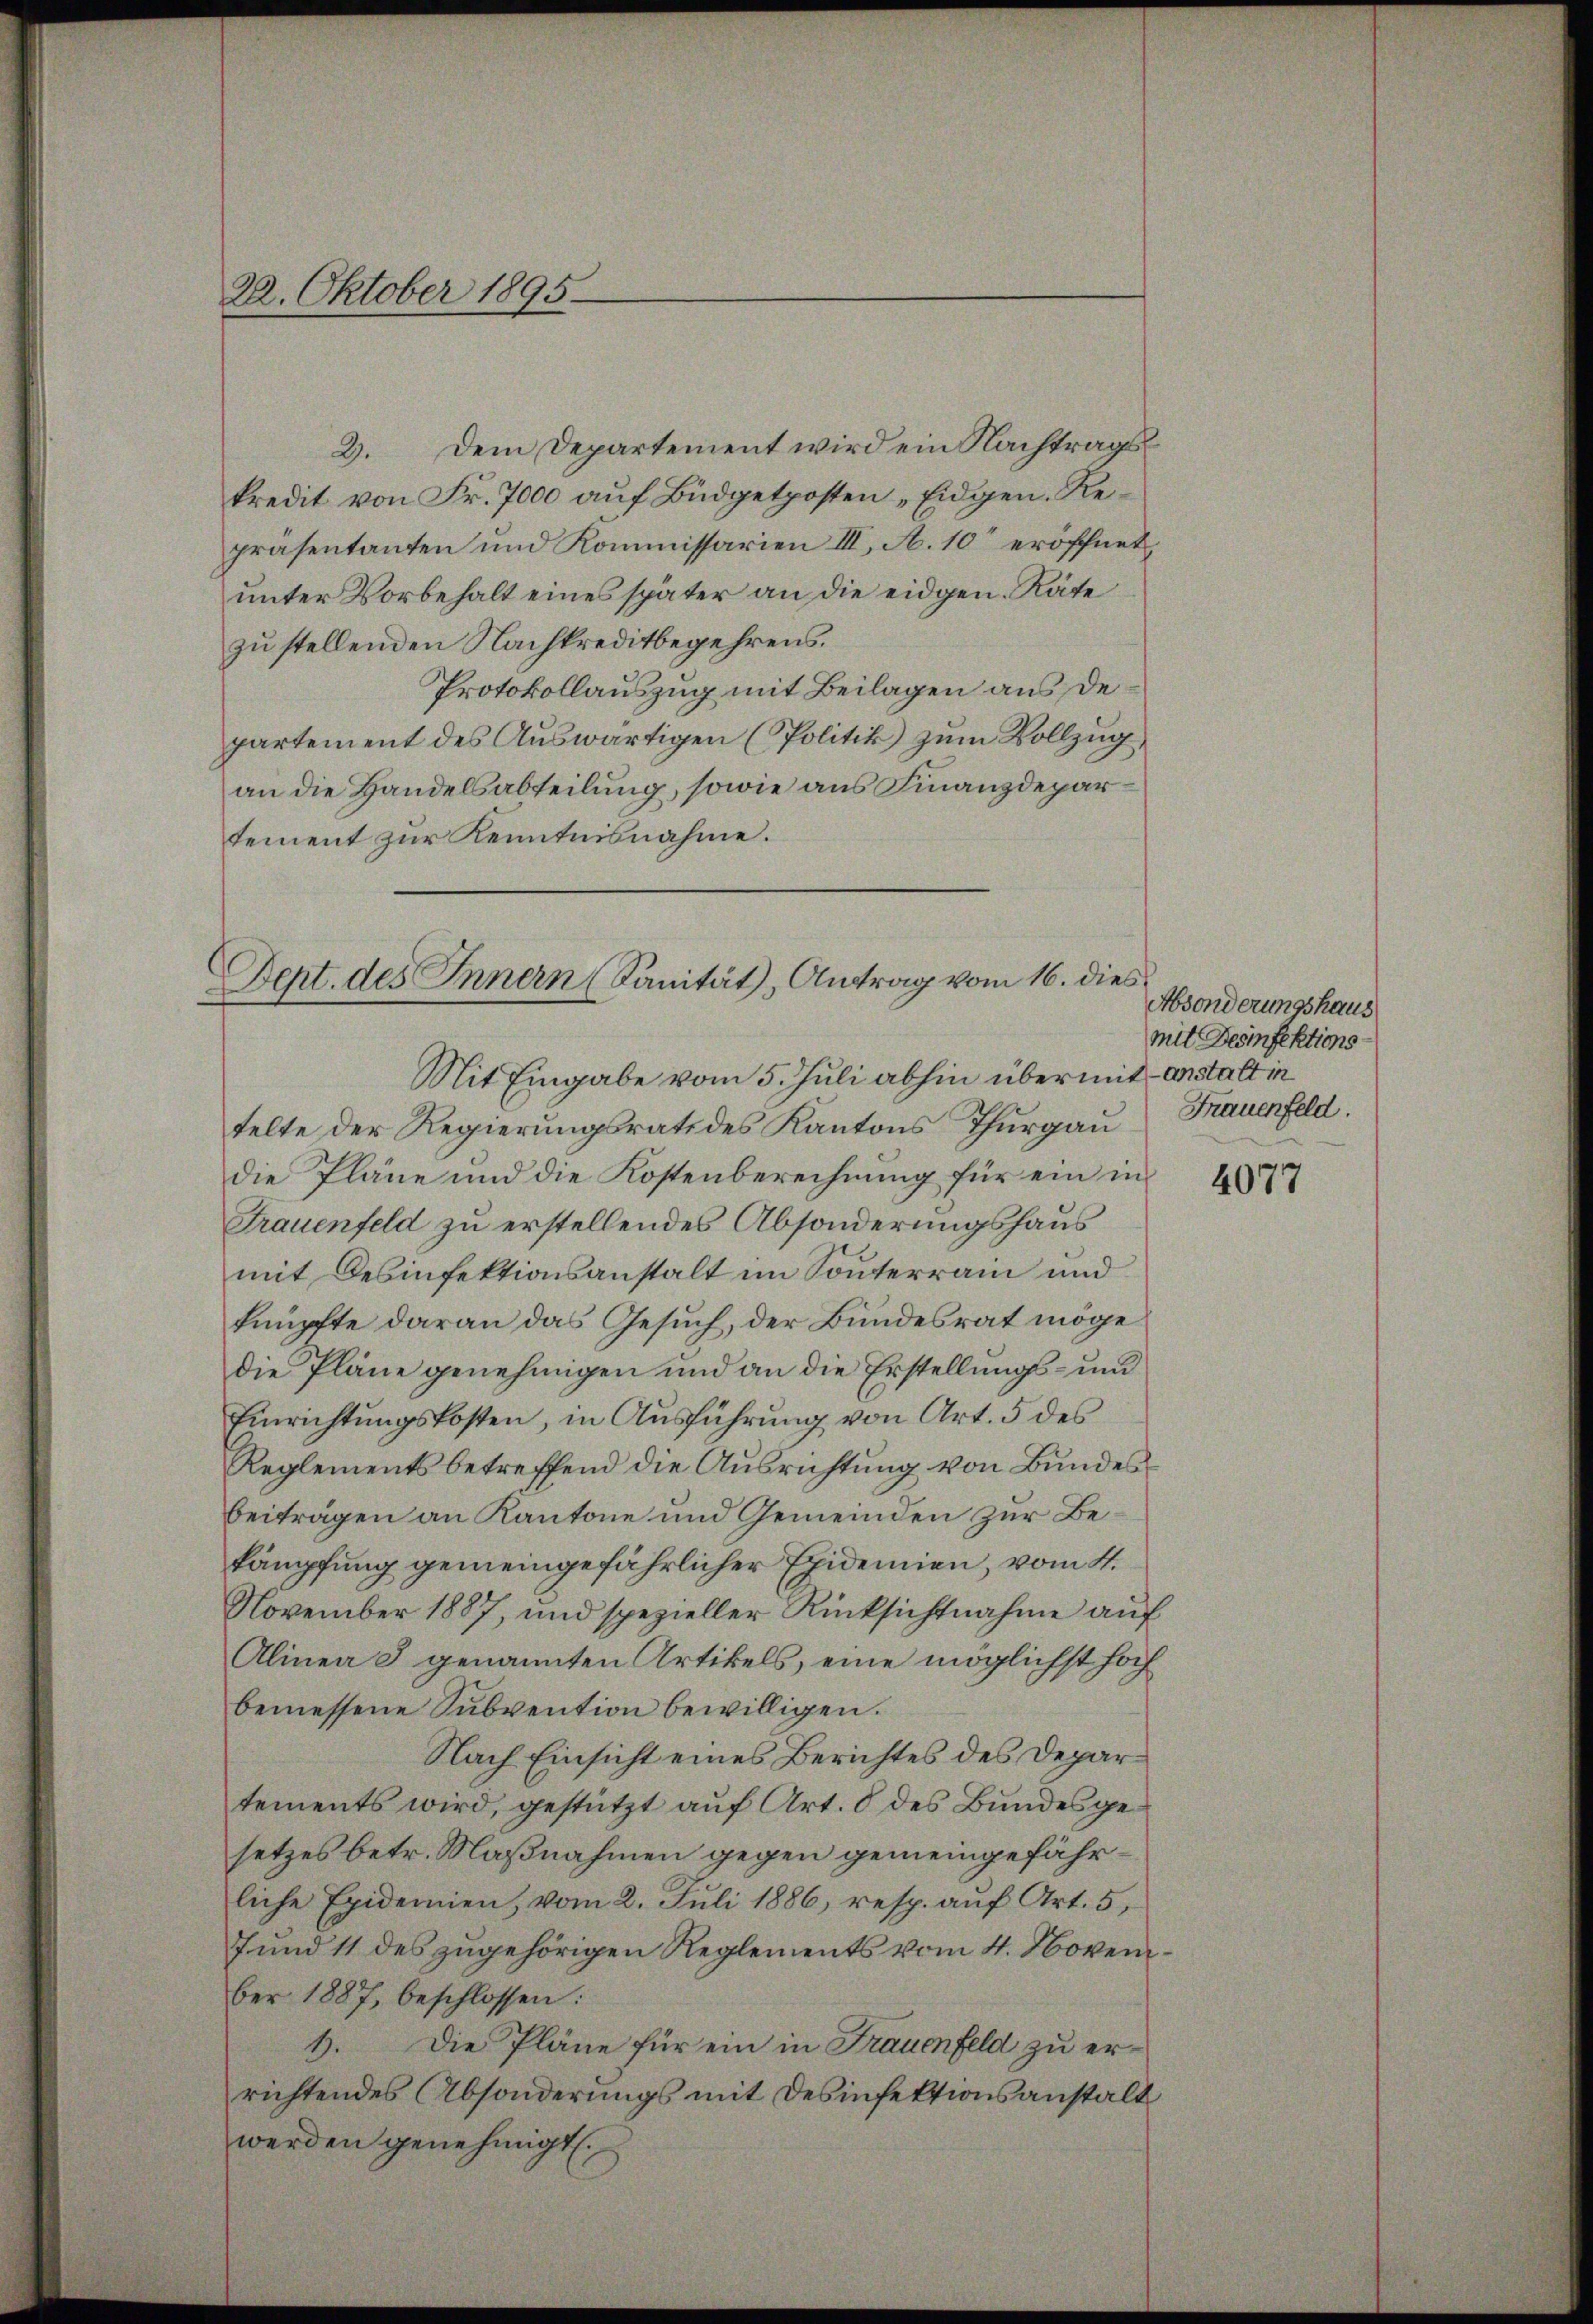
22. Oktober 1895

2. Dem Departement wird ein Nachtragskredit von Fr. 7000 auf Büdgetposten „Eidgen. Repräsentanten und Kommissarien III, A. 10 eröffnet,
unter Vorbehalt eines später an die eidgen. Räte
zu stellenden Nachkreditbegehrens.
Protokollauszug mit Beilagen aus de
partement des Auswärtigen (Politik zum Vollzug
an die Handelsabteilung, sowie aus Finanzdepartement zur Kenntnisnahme.

Dept. des Innern (Sanität, Antrag vom 16. dies
Mit Eingabe vom 5. Juli abhin über mit anstalt in

telte der Regierungsrath des Kantons Thurgau
die Pläne und die Kostenberechnung für ein in
Frauenfeld zu erstellendes Absonderungshaus
mit Desinfektionsanstalt im Sonnterrain und
knüpfte daran das Gesuch, der Bundesrat möge
die Pläne genehmigen und an die Erstellungs- und
Einrichtŭngskosten, in Aŭsführŭng von Art. 5 des
Reglements betreffend die Ausrichtung von Bundes-
beitragen an Kantone und Gemeinden zur Bekämpfung gemeingefährlicher Epidemien, vom 4.
November 1887, und spezieller Rücksichtnahme aŭf
Alinea I genannten Artikels, eine möglichst hoch
bemessene Subvention bewilligen.
Nach Einsicht eines Berichtes des Departements wird, gestützt auf Art. 8 des Bundesgesetzes betr. Maßnahmen gegen gemeingefährliche Epidemien, vom 2. Juli 1886, resp. aŭf Art. 5,
7 und 11 des zugehörigen Reglements vom 4. November 1887, beschlossen:
1. Die Pläne für ein in Frauenfeld zu errichtendes Absonderungs mit desinfektionsanstalt
werden genehmigt.

Absonderungshaus
mit Desinfektions¬
Frauenfeld.

4077